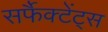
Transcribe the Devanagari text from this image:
सर्फैक्टेंट्स